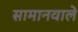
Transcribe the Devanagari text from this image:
सामानवाले